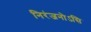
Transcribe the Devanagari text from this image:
निरंजनोऽसि